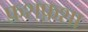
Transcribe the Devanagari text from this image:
फ़शफ़शा